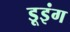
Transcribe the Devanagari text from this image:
डूइंग